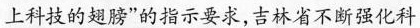
上科技的翅膀”的指示要求，吉林省不断强化科